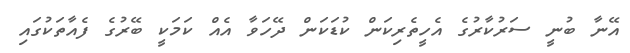
އޭނާ ބުނީ ސަރުކާރުގެ އެހީތެރިކަން ކުޑަކަން ދޭހަވާ އެއް ކަމަކީ ބޭރުގެ ފެއާތަކުގައި